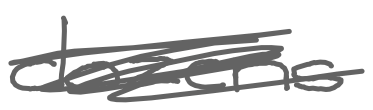
Text: dozens
Cross-out: scratch
Writing tool: digital_gray